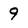
Character: 9